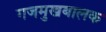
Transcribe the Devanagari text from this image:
गजमुखबालक